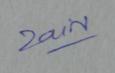
Signature authenticity: genuine